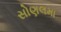
સોણલમા